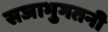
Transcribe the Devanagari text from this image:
सजाभुगतनी